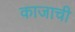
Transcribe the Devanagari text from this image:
काजाची